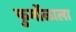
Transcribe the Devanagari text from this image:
फुर्मोळाला